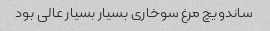
ساندویچ مرغ سوخاری بسیار بسیار عالی بود